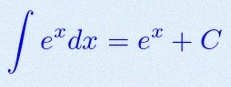
\int e^x dx=e^x+C